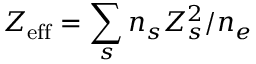
Z _ { \mathrm { e f f } } = \sum _ { s } n _ { s } Z _ { s } ^ { 2 } / n _ { e }